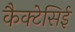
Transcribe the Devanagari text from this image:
कैक्टेसिई